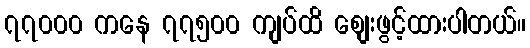
၇၇၀၀၀ ကနေ ၇၇၅၀၀ ကျပ်ထိ စျေးဖွင့်ထားပါတယ်။